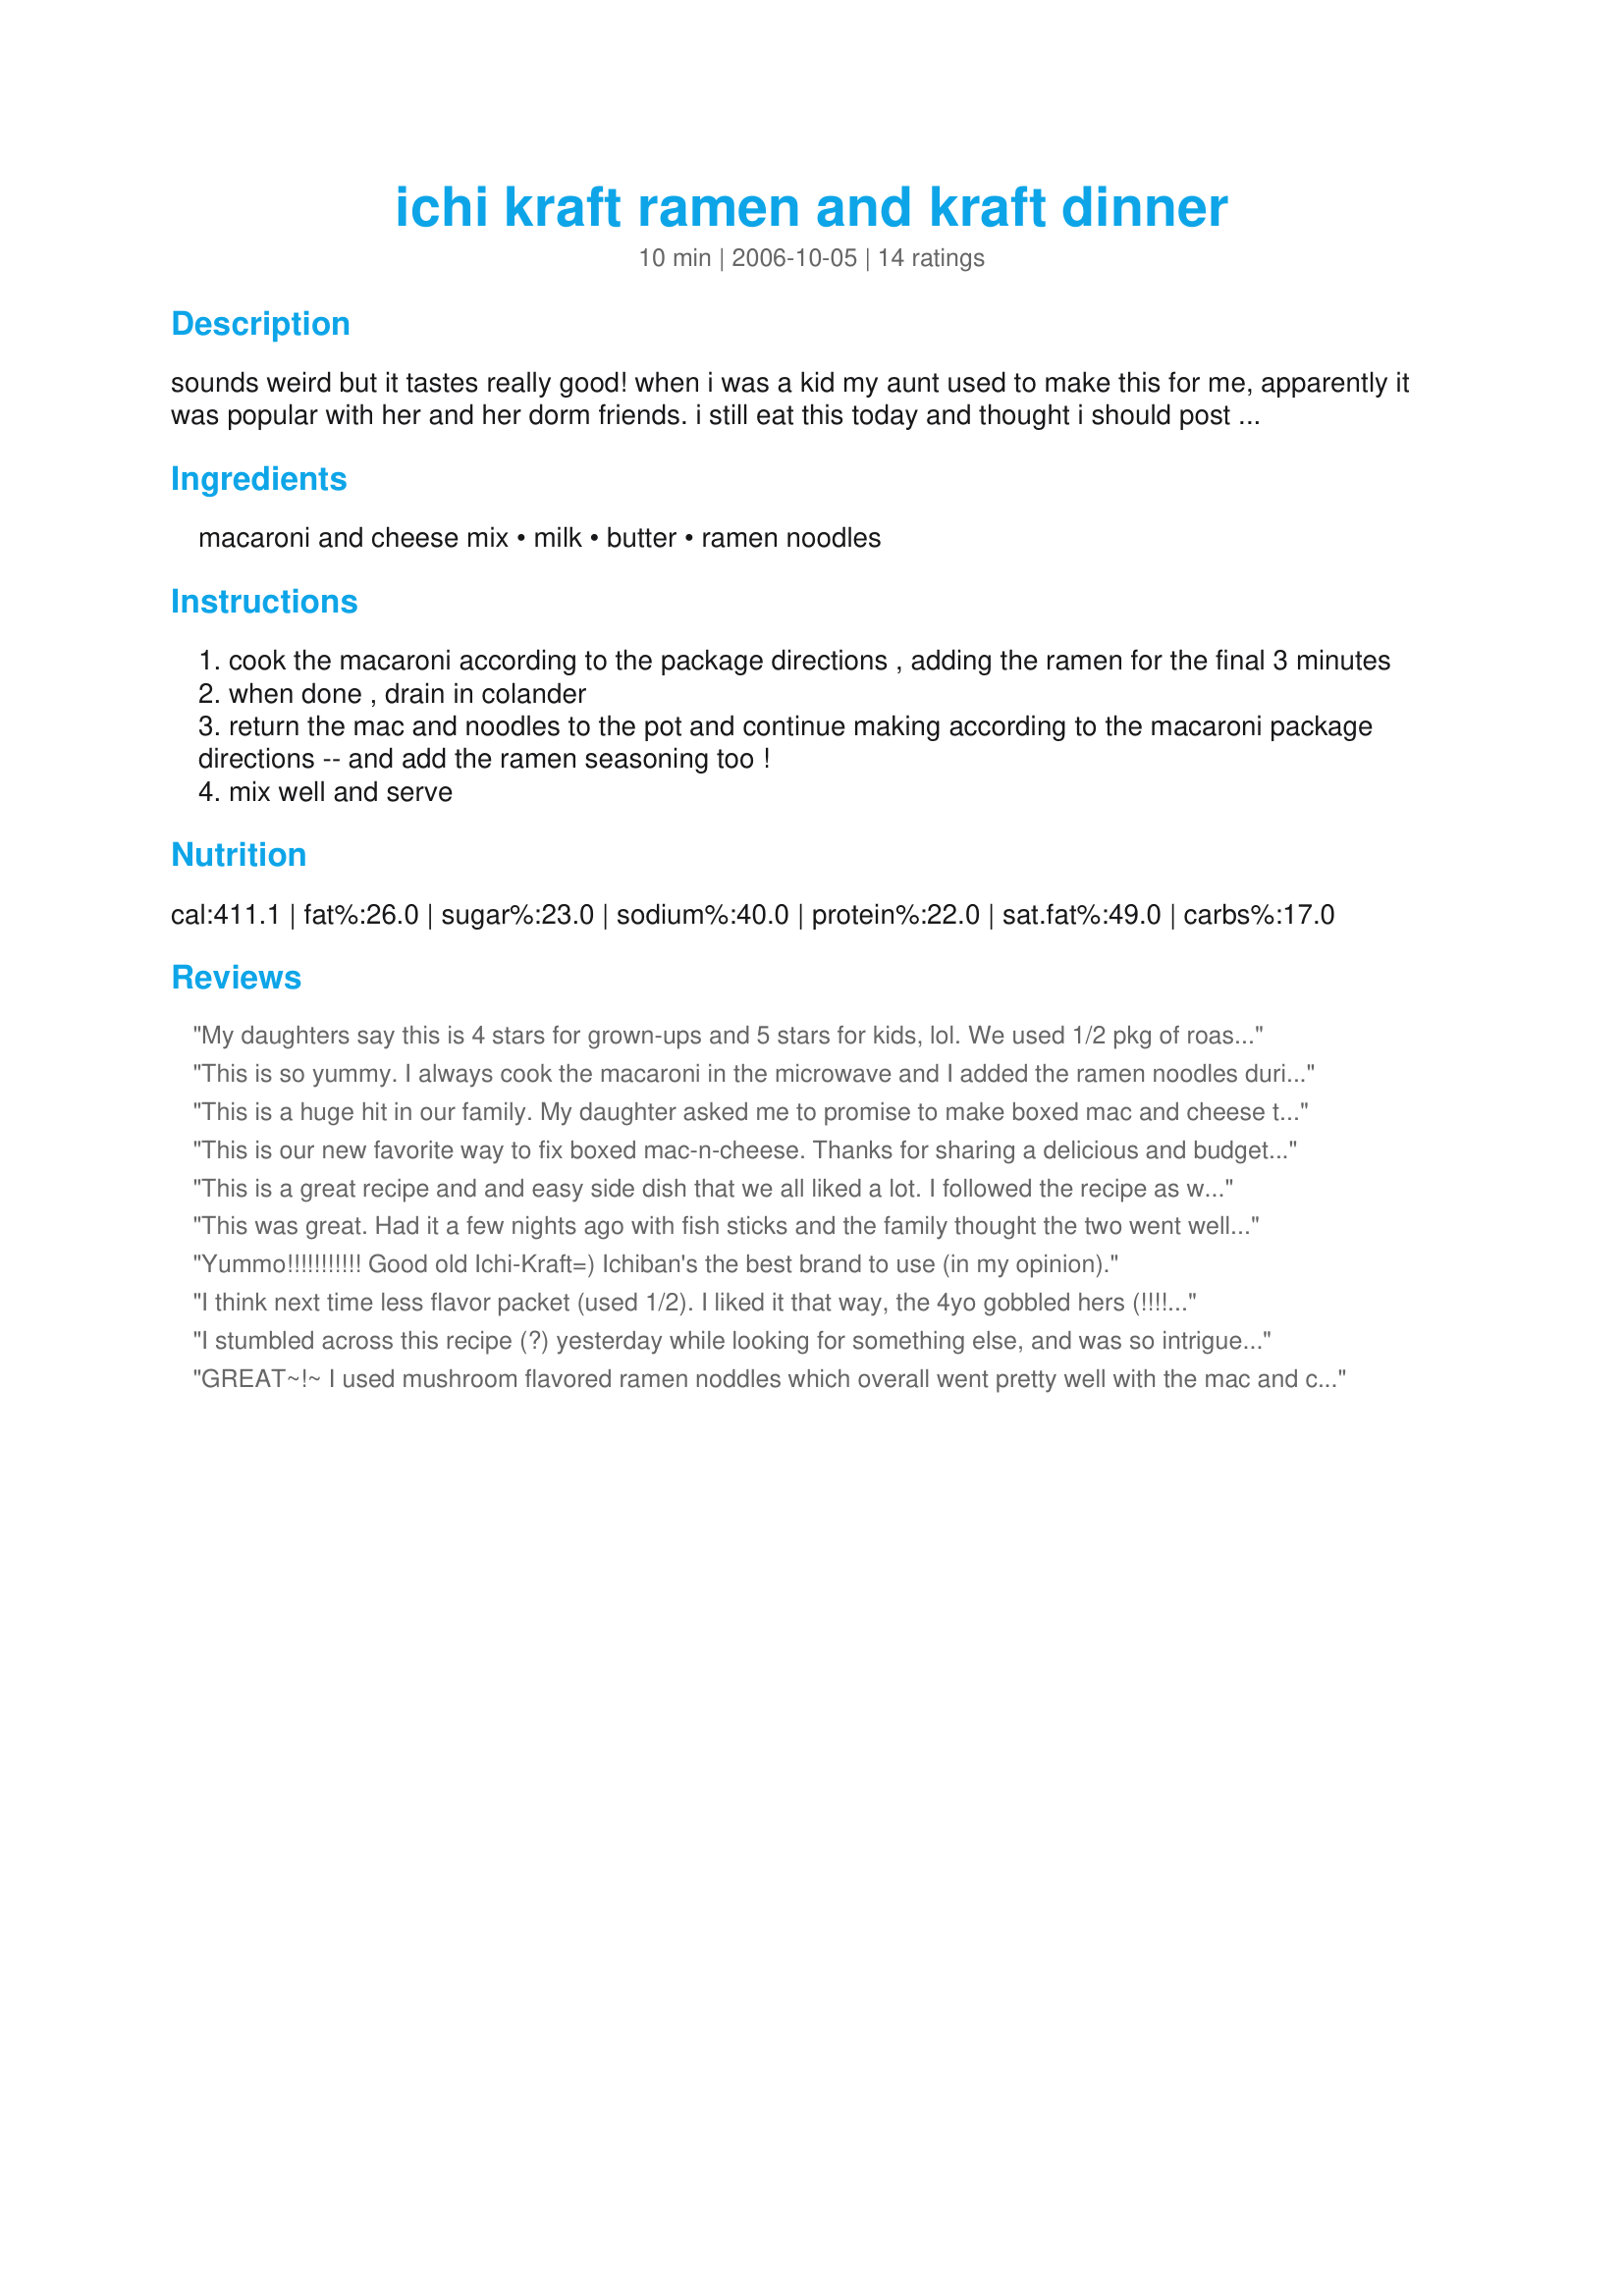
ichi kraft ramen and kraft dinner
Preparation time: 10 minutes

sounds weird but it tastes really good! when i was a kid my aunt used to make this for me, apparently it was popular with her and her dorm friends. i still eat this today and thought i should post it on zaar so everyone can try it!

Ingredients:
macaroni and cheese mix, milk, butter, ramen noodles

Steps:
cook the macaroni according to the package directions , adding the ramen for the final 3 minutes
when done , drain in colander
return the mac and noodles to the pot and continue making according to the macaroni package directions -- and add the ramen seasoning too !
mix well and serve

Reviews:
My daughters say this is 4 stars for grown-ups and 5 stars for kids, lol. We used 1/2 pkg of roast chicken ramen flavoring which blended well with the cheese flavor. A nice twist on trying to decide between ramen and boxed mac-n-cheese for lunch...thanks for posting!
This is so yummy. I always cook the macaroni in the microwave and I added the ramen noodles during the last 3 minutes. It was perfect. I never add butter. For the noodles, I had the chicken flavor. I used maybe half the seasoning cause it's too salty. Thanks Babzy :) Made for Help a Naked recipe event
This is a huge hit in our family. My daughter asked me to promise to make boxed mac and cheese this way every time. We used the chicken flavored ramin. Its also nice on the budget as it nearly doubles the meal for an extra twenty cents (cost of the ramin). We love the flavor and interest the ramin adds to ordinary kraft mac. Thanks for the great idea!
This is our new favorite way to fix boxed mac-n-cheese. Thanks for sharing a delicious and budget friendly recipe.
This is a great recipe and and easy side dish that we all liked a lot. I followed the recipe as written and used Oriental flavor ramen noodles and the pack.
This was great. Had it a few nights ago with fish sticks and the family thought the two went well together. Thanks for a new spin on an old favorite!
Yummo!!!!!!!!!!! Good old Ichi-Kraft=) Ichiban's the best brand to use (in my opinion).
I think next time less flavor packet (used 1/2). I liked it that way, the 4yo gobbled hers (!!!!) DH was a bit unsure of the flavor part.
I stumbled across this recipe (?) yesterday while looking for something else, and was so intrigued I immediately clicked on "change" and chose US rather than metric, printed it out, and hurried to the kitchen to give it a try.

My well-stocked gourmet pantry contained a Kraft macaroni dinner and a pkg. of chicken ramen. I wasn't going to add the flavor packet, but in the end I threw it in with the cheese sauce, butter and milk, stirred well, and had a terrific lunch.

I had enough left to serve it last night with BBQ spare ribs and pineapple cole slaw, and my husband, who usually just tolerates my high regard for Kraft macaroni and Top ramen, thought it was delicious.

Thanks for posting it, Babzy!
GREAT~!~ I used mushroom flavored ramen noddles which overall went pretty well with the mac and cheese! The timing was perfect for when to add stuff!!! Thanks for the simple and fast recipe!
Everyone enjoyed this for lunch today. I doubled the recipe for 4 of us and I am glad I did. Next time I won't use both ramen noodle flavor packs since we thought that it competed with the cheese sauce too much but the kids especially loved it. I used chicken flavored ramen but will experiment with other flavors. Thanks for posting.
I ate this and didn't mind it at all, but I didn't think it was an improvement over either ramen or mac and cheese. It was bland- I want to add something spicy if I do this again.
When my Dh works nights, I am floored over what to give my DS's for supper. I have made this 2x in 2 weeks. I used chicken flavored ramen noodles, the last time I added in leftover ham. They actually preferred this w/out addition. I used the Velvetta type of mac n' cheese.
We also discovered this in college when faced with a nearly empty pantry and three to feed. We added about a 1/2 C of frozen peas and a small can of tuna fish. The recipe as stated above is how I make it for my carb-freak son. He calls it macaramie and cheese. lol
